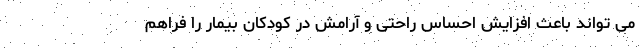
می تواند باعث افزایش احساس راحتی و آرامش در کودکان بیمار را فراهم